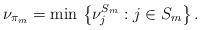
LaTeX: \begin{align*}\nu_{\pi_m} = \min \, \left\{\nu^{S_m}_j: j \in S_m\right\}.\end{align*}